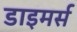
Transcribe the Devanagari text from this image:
डाइमर्स